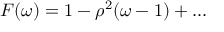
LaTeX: F ( \omega ) = 1 - \rho ^ { 2 } ( \omega - 1 ) + . . .